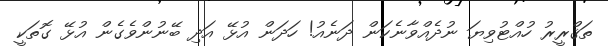
ތަޤްރީރު ހުއްޓުވިޔަ ނުދެއްވާނެކަން ދަނެއު! ހަދަން އުޅޭ އަދި ބޭނުންވެގެން އުޅޭ ގޮތަކީ